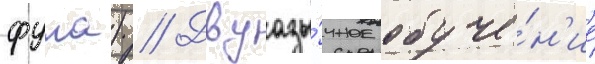
фула) // Двуазы́чное обуче́н'ие